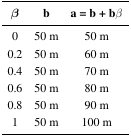
<table><thead><tr><td><b><i>β</i></b></td><td><b>b</b></td><td><b>a = b + b<i>β</i></b></td></tr></thead><tbody><tr><td>0</td><td>50 m</td><td>50 m</td></tr><tr><td>0.2</td><td>50 m</td><td>60 m</td></tr><tr><td>0.4</td><td>50 m</td><td>70 m</td></tr><tr><td>0.6</td><td>50 m</td><td>80 m</td></tr><tr><td>0.8</td><td>50 m</td><td>90 m</td></tr><tr><td>1</td><td>50 m</td><td>100 m</td></tr></tbody></table>